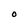
Character: O